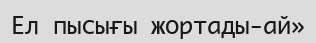
Ел пысығы жортады-ай»